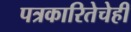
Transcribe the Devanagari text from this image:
पत्रकारितेचेही